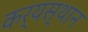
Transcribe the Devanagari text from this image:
कर्यस्थान